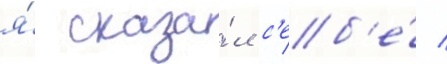
я́ сказа́л с'еб'е́ /